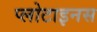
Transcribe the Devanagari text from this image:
प्लोटाइनस